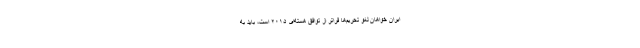
ایران خواهان لغو تحریم‌ها فراتر از توافق هسته‌ای ۲۰۱۵ است، باید به